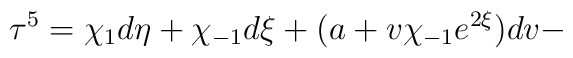
{\bf\tau}^5=\chi_1d\eta +\chi_{-1}d\xi +(a+v\chi_{-1}e^{2\xi})dv-